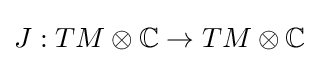
J:TM\otimes \mathbb {C} \to TM\otimes \mathbb {C}